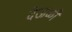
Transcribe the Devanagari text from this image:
देऊळीं